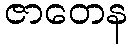
ဇာတေန